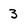
Character: 3